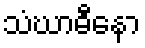
သံဃာဓီနော